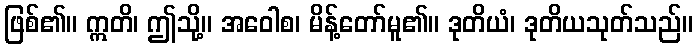
ဖြစ်၏။ ဣတိ၊ ဤသို့။ အဝေါစ၊ မိန့်တော်မူ၏။ ဒုတိယံ၊ ဒုတိယသုတ်သည်။